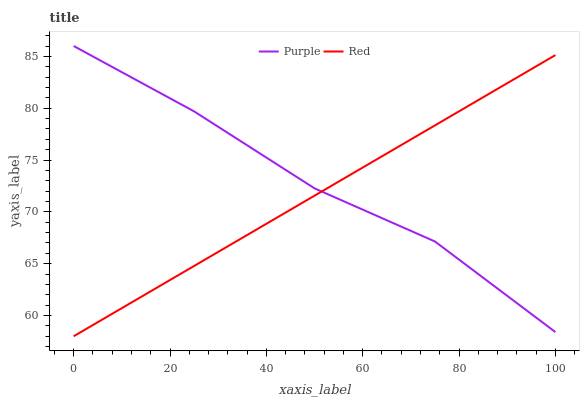
| xaxis_label | Purple | Red |
 | --- | --- | --- |
 | 0 | 86 | 58 |
 | 25 | 79.7 | 64.8 |
 | 50 | 72.3 | 71.6 |
 | 75 | 67.1 | 78.3 |
 | 100 | 58.4 | 85.1 |